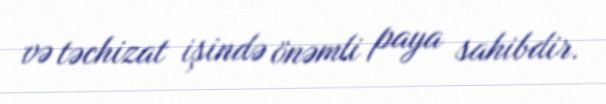
və təchizat işində önəmli paya sahibdir.